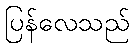
ပြန်လေသည်